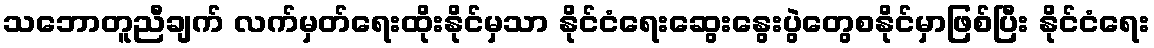
သဘောတူညီချက် လက်မှတ်ရေးထိုးနိုင်မှသာ နိုင်ငံရေးဆွေးနွေးပွဲတွေစနိုင်မှာဖြစ်ပြီး နိုင်ငံရေး